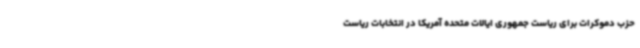
حزب دموکرات برای ریاست جمهوری ایالات متحده آمریکا در انتخابات ریاست